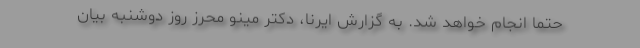
حتما انجام خواهد شد. به گزارش ایرنا، دکتر مینو محرز روز دوشنبه بیان